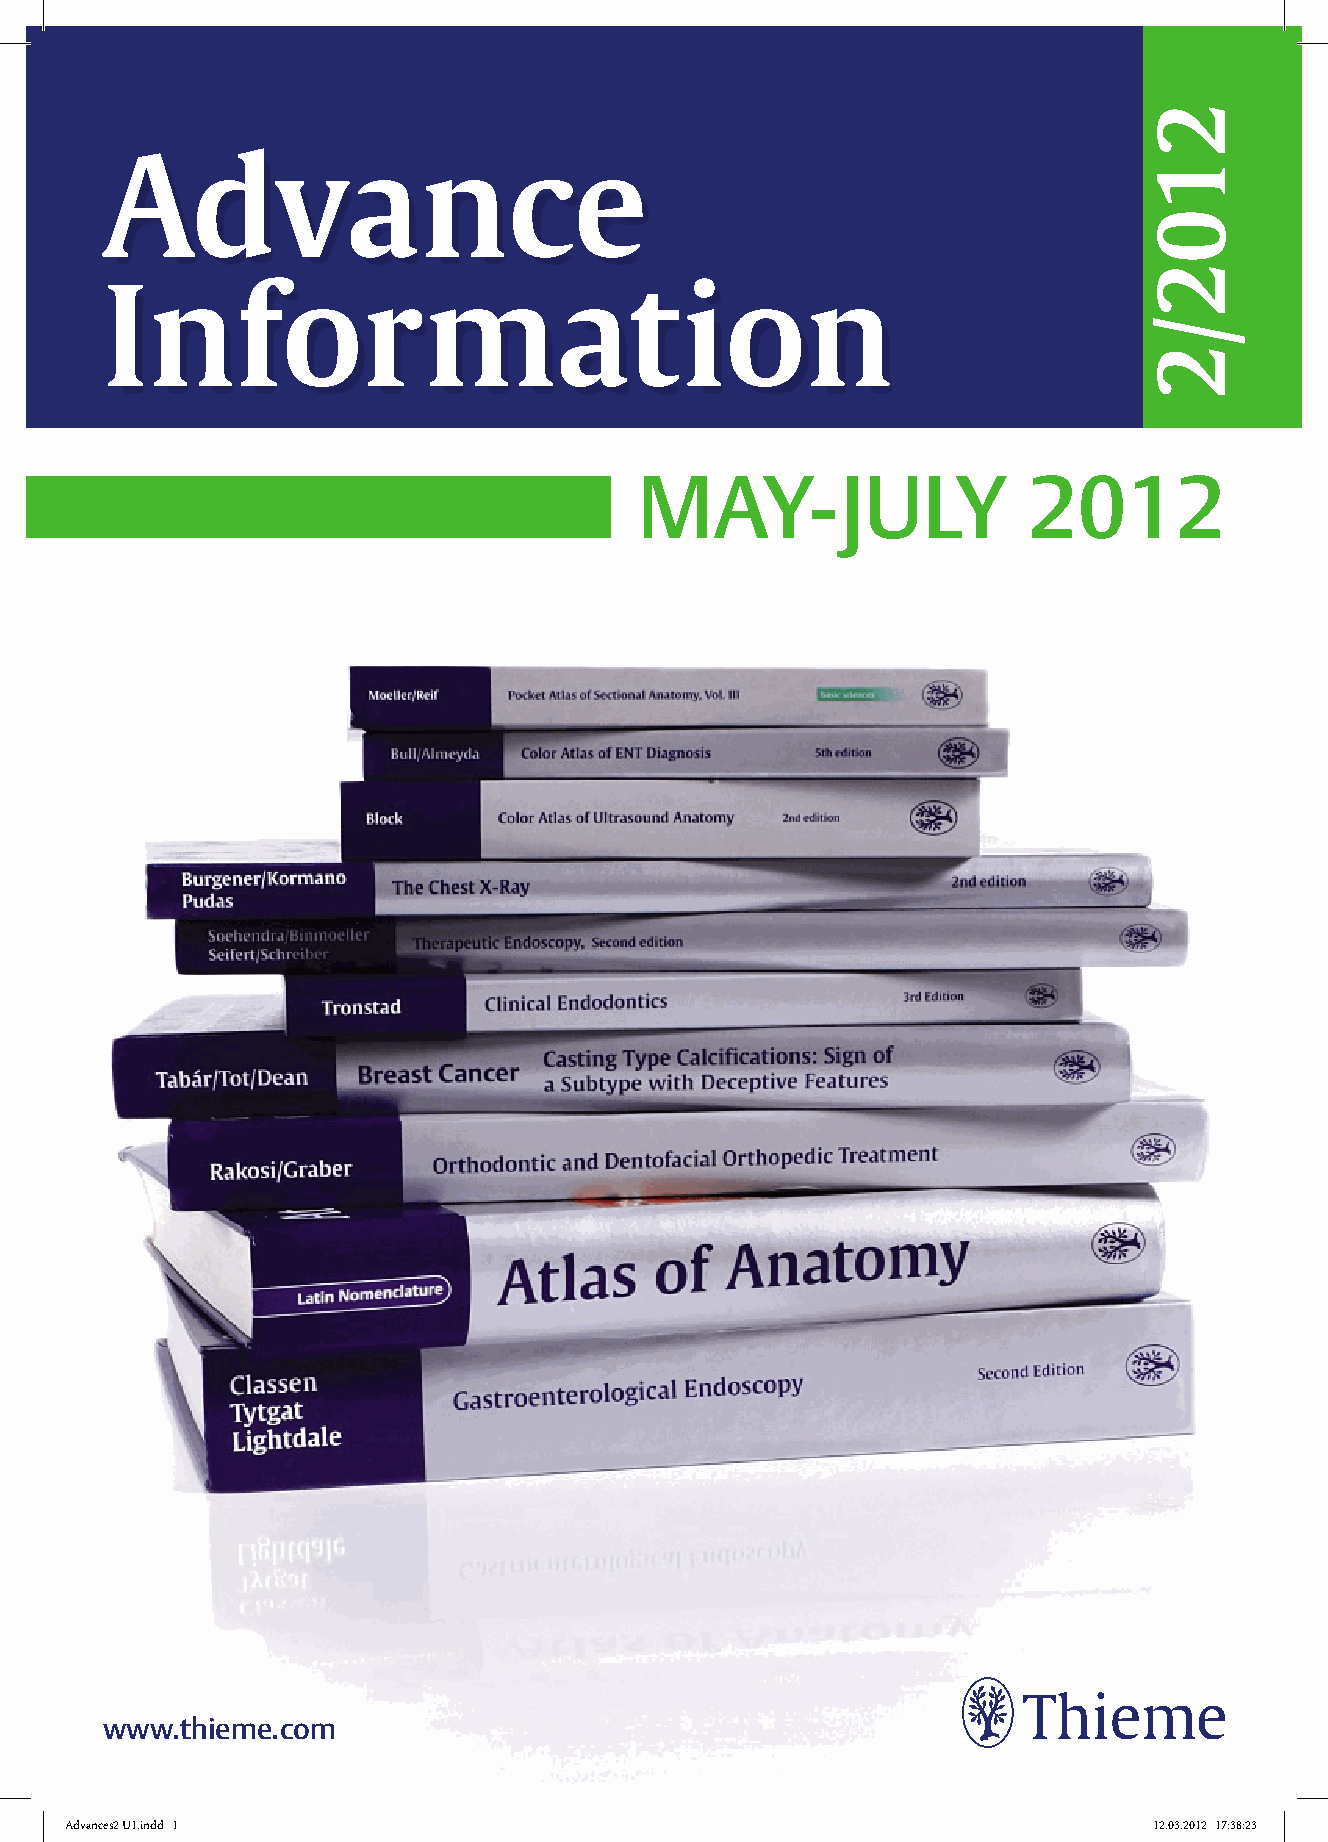
Advance
 Information
 MAY-JULY                  2012
 www.thieme.com
 Advances2U1.indd 1                                                      12.03.2012 17:38:23
 2102/2